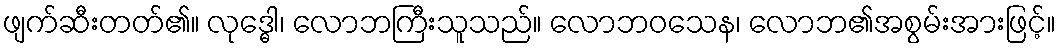
ဖျက်ဆီးတတ်၏။ လုဒ္ဓေါ၊ လောဘကြီးသူသည်။ လောဘဝသေန၊ လောဘ၏အစွမ်းအားဖြင့်။